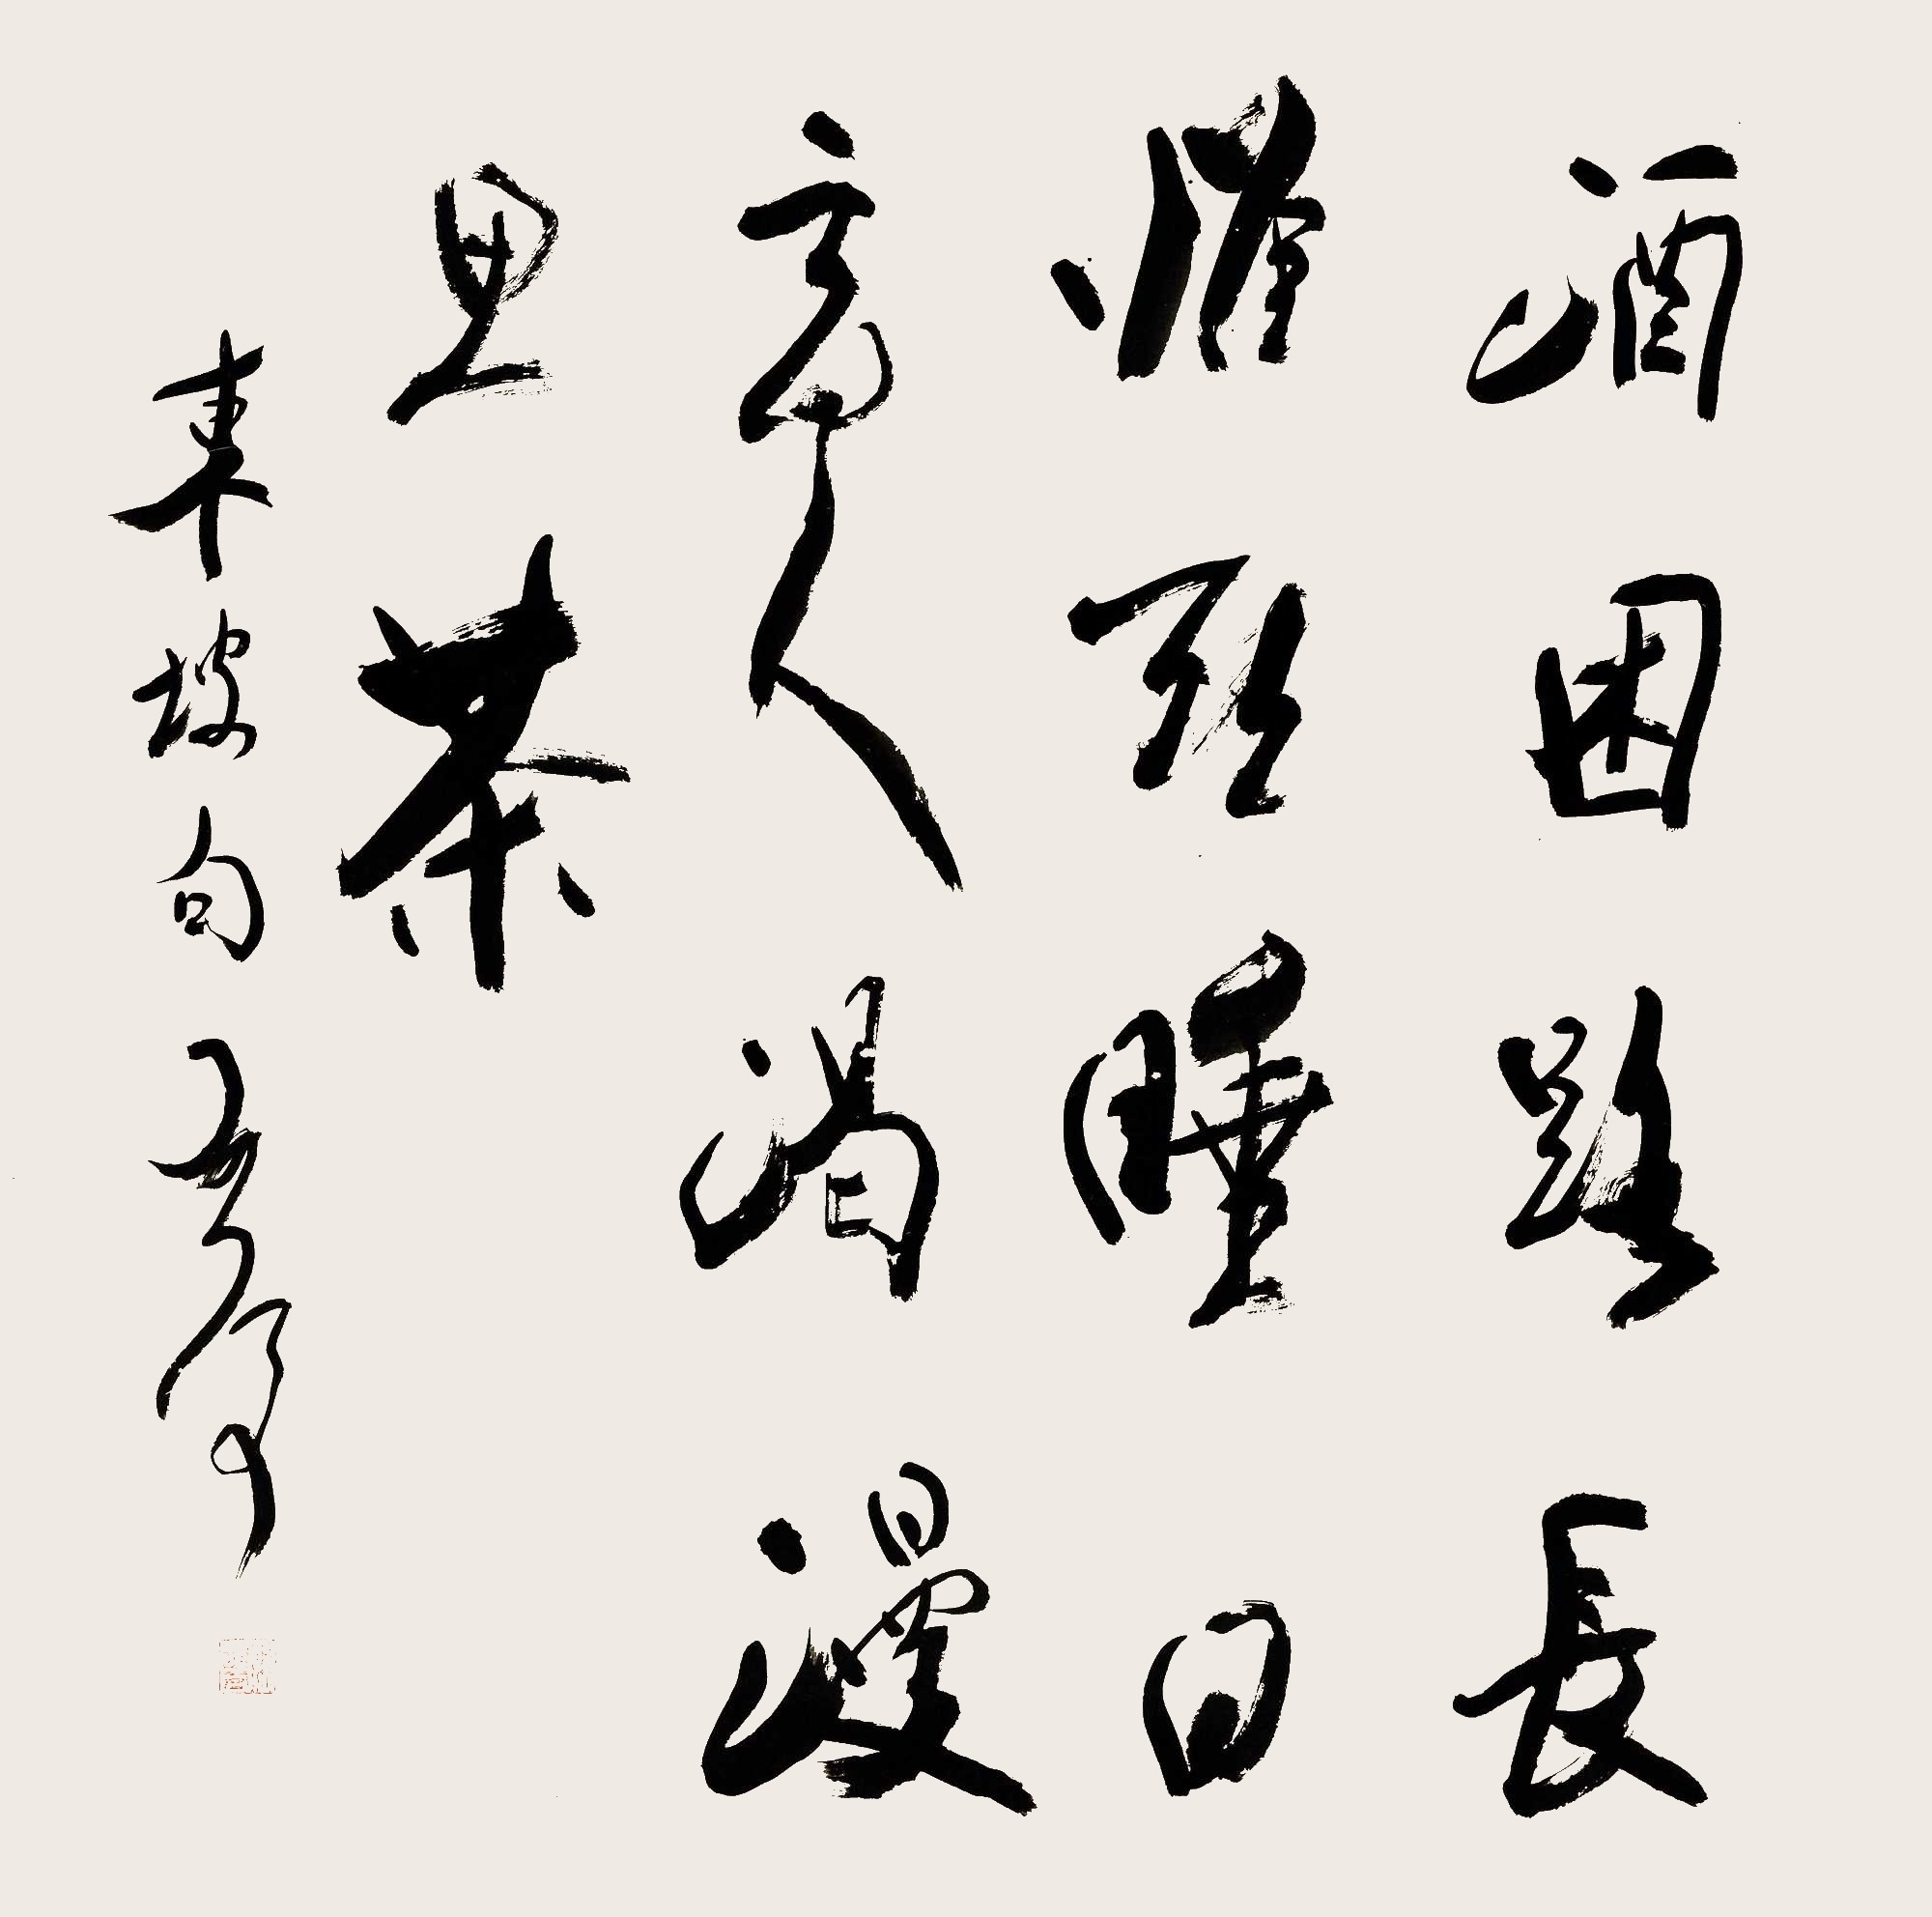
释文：酒困路长惟欲睡，日高人渴漫思茶。东坡句。启后。